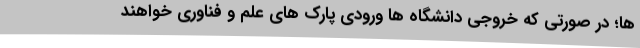
ها؛ در صورتی که خروجی دانشگاه ها ورودی پارک های علم و فناوری خواهند